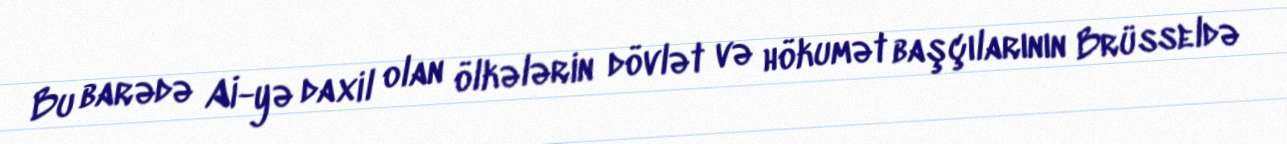
Bu barədə Aİ-yə daxil olan ölkələrin dövlət və hökumət başçılarının Brüsseldə